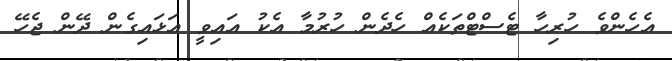
އެހެންވެ ހުރިހާ ޓެސްޓްތަކެއް ހެދެން ހުރުމާ އެކު އައިވީ އަޅައިގެން ދޭން ޖެހޭ